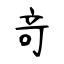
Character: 竒